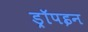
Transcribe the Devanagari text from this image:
ड्रॉपइन